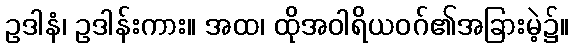
ဥဒါနံ၊ ဥဒါန်းကား။ အထ၊ ထိုအဝါရိယဝဂ်၏အခြားမဲ့၌။